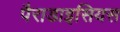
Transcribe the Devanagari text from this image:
पैराडाइसियस